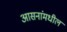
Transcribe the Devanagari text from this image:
आसनांमधील